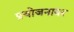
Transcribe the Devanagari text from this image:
प्रयोजनावर